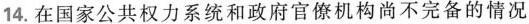
14.在国家公共权力系统和政府官僚机构尚不完备的情况